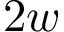
2 w